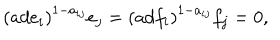
\left( a d e _ { i } \right) ^ { 1 - a _ { i j } } e _ { j } = \left( a d f _ { i } \right) ^ { 1 - a _ { i j } } f _ { j } = 0 ,